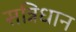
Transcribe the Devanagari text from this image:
सन्निधान